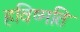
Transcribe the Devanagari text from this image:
हविष्मति